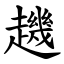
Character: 䟇